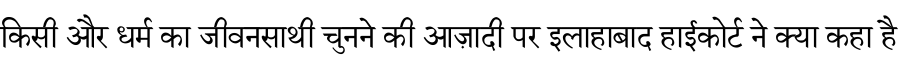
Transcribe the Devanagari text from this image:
किसी और धर्म का जीवनसाथी चुनने की आज़ादी पर इलाहाबाद हाईकोर्ट ने क्या कहा है